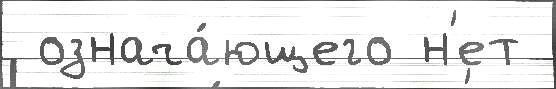
 означа́ющего н'ет